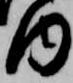
内